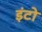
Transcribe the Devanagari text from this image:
इंटो